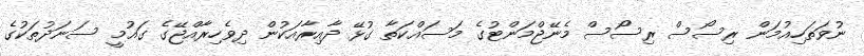
ނުވަތަހިއުމަން ރިސޯސް ރިސޯސް މެނޭޖްމަންޓުގެ މަސައްކަތާ ގުޅޭ ދާއިރާއަކުން ދިވެހިރާއްޖޭގެ ގައުމީ ސަނަދުތަކުގެ